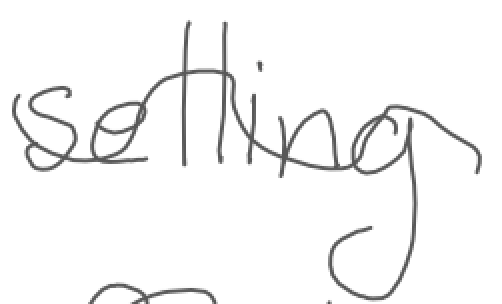
Text: selling
Cross-out: wave
Writing tool: digital_gray